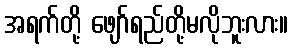
အရက်တို့ ဖျော်ရည်တို့မလိုဘူးလား။